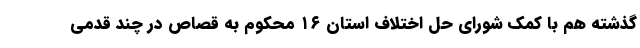
گذشته هم با کمک شورای حل اختلاف استان ۱۶ محکوم به قصاص در چند قدمی